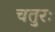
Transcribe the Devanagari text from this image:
चतुरः